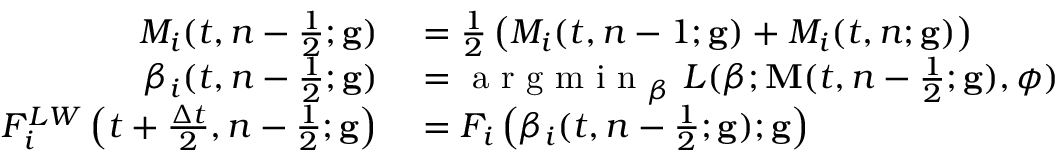
\begin{array} { r l } { M _ { i } ( t , n - \frac { 1 } { 2 } ; \mathbf { g } ) } & { { } = \frac { 1 } { 2 } \left( M _ { i } ( t , n - 1 ; \mathbf { g } ) + M _ { i } ( t , n ; \mathbf { g } ) \right) } \\ { \beta _ { i } ( t , n - \frac { 1 } { 2 } ; \mathbf { g } ) } & { { } = \mathrm { ~ a ~ r ~ g ~ m ~ i ~ n ~ } _ { \beta } \ L ( \boldsymbol { \beta } ; \mathbf { M } ( t , n - \frac { 1 } { 2 } ; \mathbf { g } ) , \boldsymbol { \phi } ) } \\ { F _ { i } ^ { L W } \left( t + \frac { \Delta t } { 2 } , n - \frac { 1 } { 2 } ; \mathbf { g } \right) } & { { } = F _ { i } \left( \beta _ { i } ( t , n - \frac { 1 } { 2 } ; \mathbf { g } ) ; \mathbf { g } \right) } \end{array}